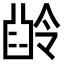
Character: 𠎜